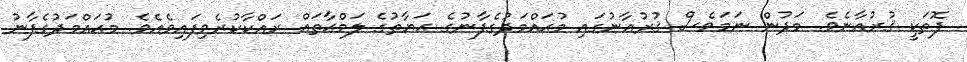
ފޮތަކީ ޤުރުއާނެވެ. މަދުން ނަމަވެސް ޤުރުއާނުގައި މުޙައްމަދުގެފާނުގެ ޙަޔާތުގެ ލަމްޙާތައް ރައްކާކުރެވިފައިވެއެވެ. މުޙައްމަދުގެފާނު